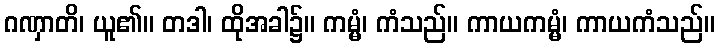
ဂဏှာတိ၊ ယူ၏။ တဒါ၊ ထိုအခါ၌။ ကမ္မံ၊ ကံသည်။ ကာယကမ္မံ၊ ကာယကံသည်။